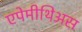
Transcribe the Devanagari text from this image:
एपेमीथिअस